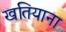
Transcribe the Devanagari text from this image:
खतियाना